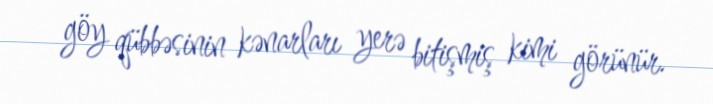
göy qübbəsinin kənarları yerə bitişmiş kimi görünür.